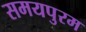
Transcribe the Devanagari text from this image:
समयपुरम